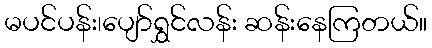
မပင်ပန်း၊ပျော်ရွှင်လန်း ဆန်းနေကြတယ်။